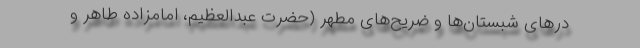
درهای شبستان‌ها و ضریح‌های مطهر (حضرت عبدالعظیم، امامزاده طاهر و